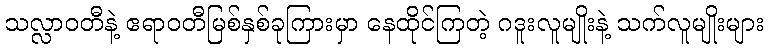
သလ္လာဝတီနဲ့ ဧရာဝတီမြစ်နှစ်ခုကြားမှာ နေထိုင်ကြတဲ့ ဂဒူးလူမျိုးနဲ့ သက်လူမျိုးများ